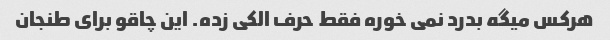
هرکس میگه بدرد نمی خوره فقط حرف الکی زده. این چاقو برای طنجان